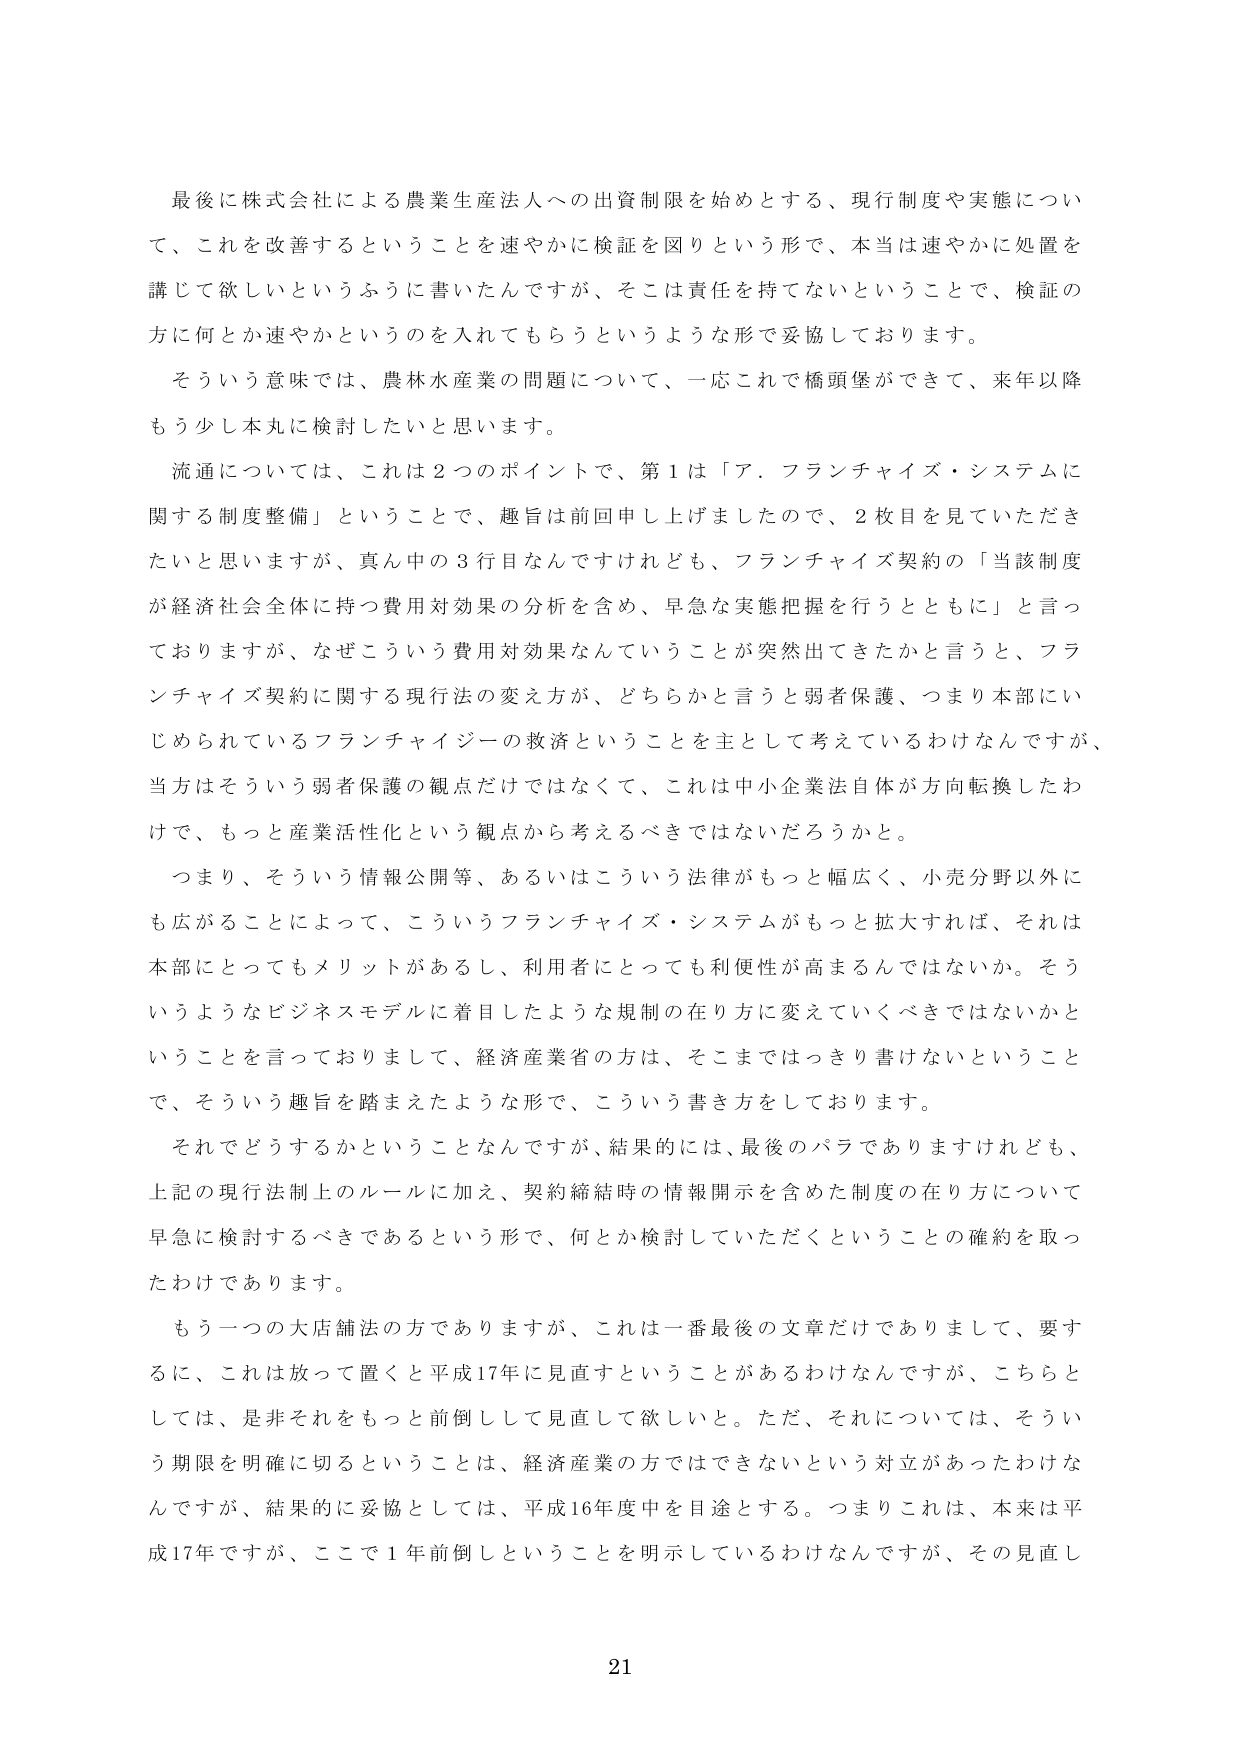
最後に株式会社による農業生産法人への出資制限を始めとする、現行制度や実態について、これを改善するということを速やかに検証を図りという形で、本当は速やかに処置を講じて欲しいというふうに書いたんですが、そこは責任を持てないということで、検証の方に何とか速やかというのを入れてもらうというような形で妥協しております。

そういう意味では、農林水産業の問題について、一応これで橋頭堡ができて、来年以降もう少し本丸に検討したいと思います。

流通については、これは２つのポイントで、第１は「ア．フランチャイズ・システムに関する制度整備」ということで、趣旨は前回申し上げましたので、２枚目を見ていただきたいと思いますが、真ん中の３行目なんですけれども、フランチャイズ契約の「当該制度が経済社会全体に持つ費用対効果の分析を含め、早急な実態把握を行うとともに」と言っておりますが、なぜこういう費用対効果なんていうことが突然出てきたかと言うと、フランチャイズ契約に関する現行法の変え方が、どちらかと言うと弱者保護、つまり本部にいじめられているフランチャイジーの救済ということを主として考えているわけなんですが、当方はそういう弱者保護の観点だけではなくて、これは中小企業法自体が方向転換したわけで、もっと産業活性化という観点から考えるべきではないだろうかと。

つまり、そういう情報公開等、あるいはこういう法律がもっと幅広く、小売分野以外にも広がることによって、こういうフランチャイズ・システムがもっと拡大すれば、それは本部にとってもメリットがあるし、利用者にとっても利便性が高まるんではないか。そういうようなビジネスモデルに着目したような規制の在り方に変えていくべきではないかということを言っておりまして、経済産業省の方は、そこまではっきり書けないということで、そういう趣旨を踏まえたような形で、こういう書き方をしております。

それでどうするかということなんですが、結果的には、最後のパラでありますけれども、上記の現行法制上のルールに加え、契約締結時の情報開示を含めた制度の在り方について早急に検討するべきであるという形で、何とか検討していただくということの確約を取ったわけであります。

もう一つの大店舗法の方でありますが、これは一番最後の文章だけでありまして、要するに、これは放って置くと平成17年に見直すということがあるわけなんですが、こちらとしては、是非それをもっと前倒しして見直して欲しいと。ただ、それについては、そういう期限を明確に切るということは、経済産業の方ではできないという対立があったわけなんですが、結果的に妥協としては、平成16年度中を目途とする。つまりこれは、本来は平成17年ですが、ここで１年前倒しということを明示しているわけなんですが、その見直し

21